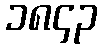
၁၈၄၃